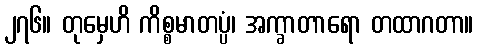
၂၇၆။ တုမှေဟိ ကိစ္စမာတပ္ပံ၊ အက္ခာတာရော တထာဂတာ။